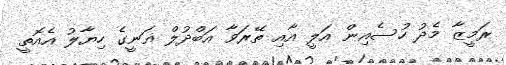
ރަމީޒާ މެދު ހުސެއިން އަލީ އާއި ތޭރަވާ އަބްދުލް ޣަނީގެ ހިޔާލު އެއޮތީ